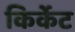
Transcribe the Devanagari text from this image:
किर्केट